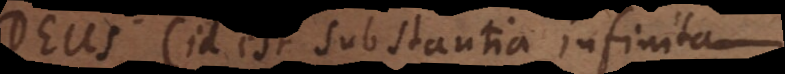
Deus (id est substantia infinita,